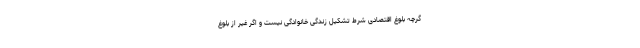
گرچه بلوغ اقتصادی شرط تشکیل زندگی خانوادگی نیست و اگر غیر از بلوغ